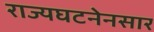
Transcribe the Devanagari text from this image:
राज्यघटनेनसार